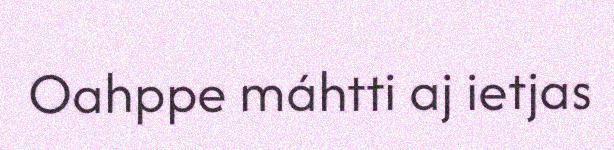
Oahppe máhtti aj ietjas